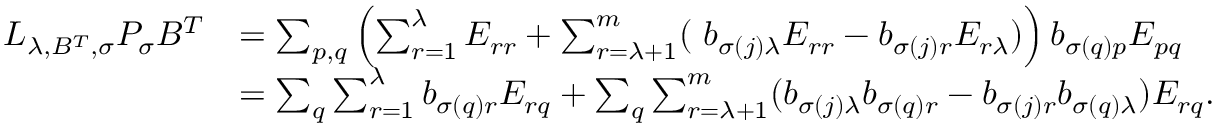
\begin{array} { r l } { L _ { \lambda , B ^ { T } , \sigma } P _ { \sigma } B ^ { T } } & { = \sum _ { p , q } \left( \sum _ { r = 1 } ^ { \lambda } E _ { r r } + \sum _ { r = \lambda + 1 } ^ { m } ( \ b _ { \sigma ( j ) \lambda } E _ { r r } - b _ { \sigma ( j ) r } E _ { r \lambda } ) \right) b _ { \sigma ( q ) p } E _ { p q } } \\ & { = \sum _ { q } \sum _ { r = 1 } ^ { \lambda } b _ { \sigma ( q ) r } E _ { r q } + \sum _ { q } \sum _ { r = \lambda + 1 } ^ { m } ( b _ { \sigma ( j ) \lambda } b _ { \sigma ( q ) r } - b _ { \sigma ( j ) r } b _ { \sigma ( q ) \lambda } ) E _ { r q } . } \end{array}